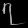
Digit: ၇